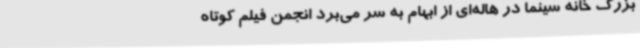
بزرگ خانه سینما در هاله‌ای از ابهام به سر می‌برد انجمن فیلم کوتاه